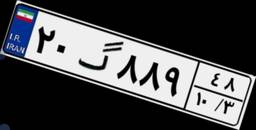
۲۰گ۸۸۹۴۸